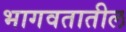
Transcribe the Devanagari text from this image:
भागवतातील